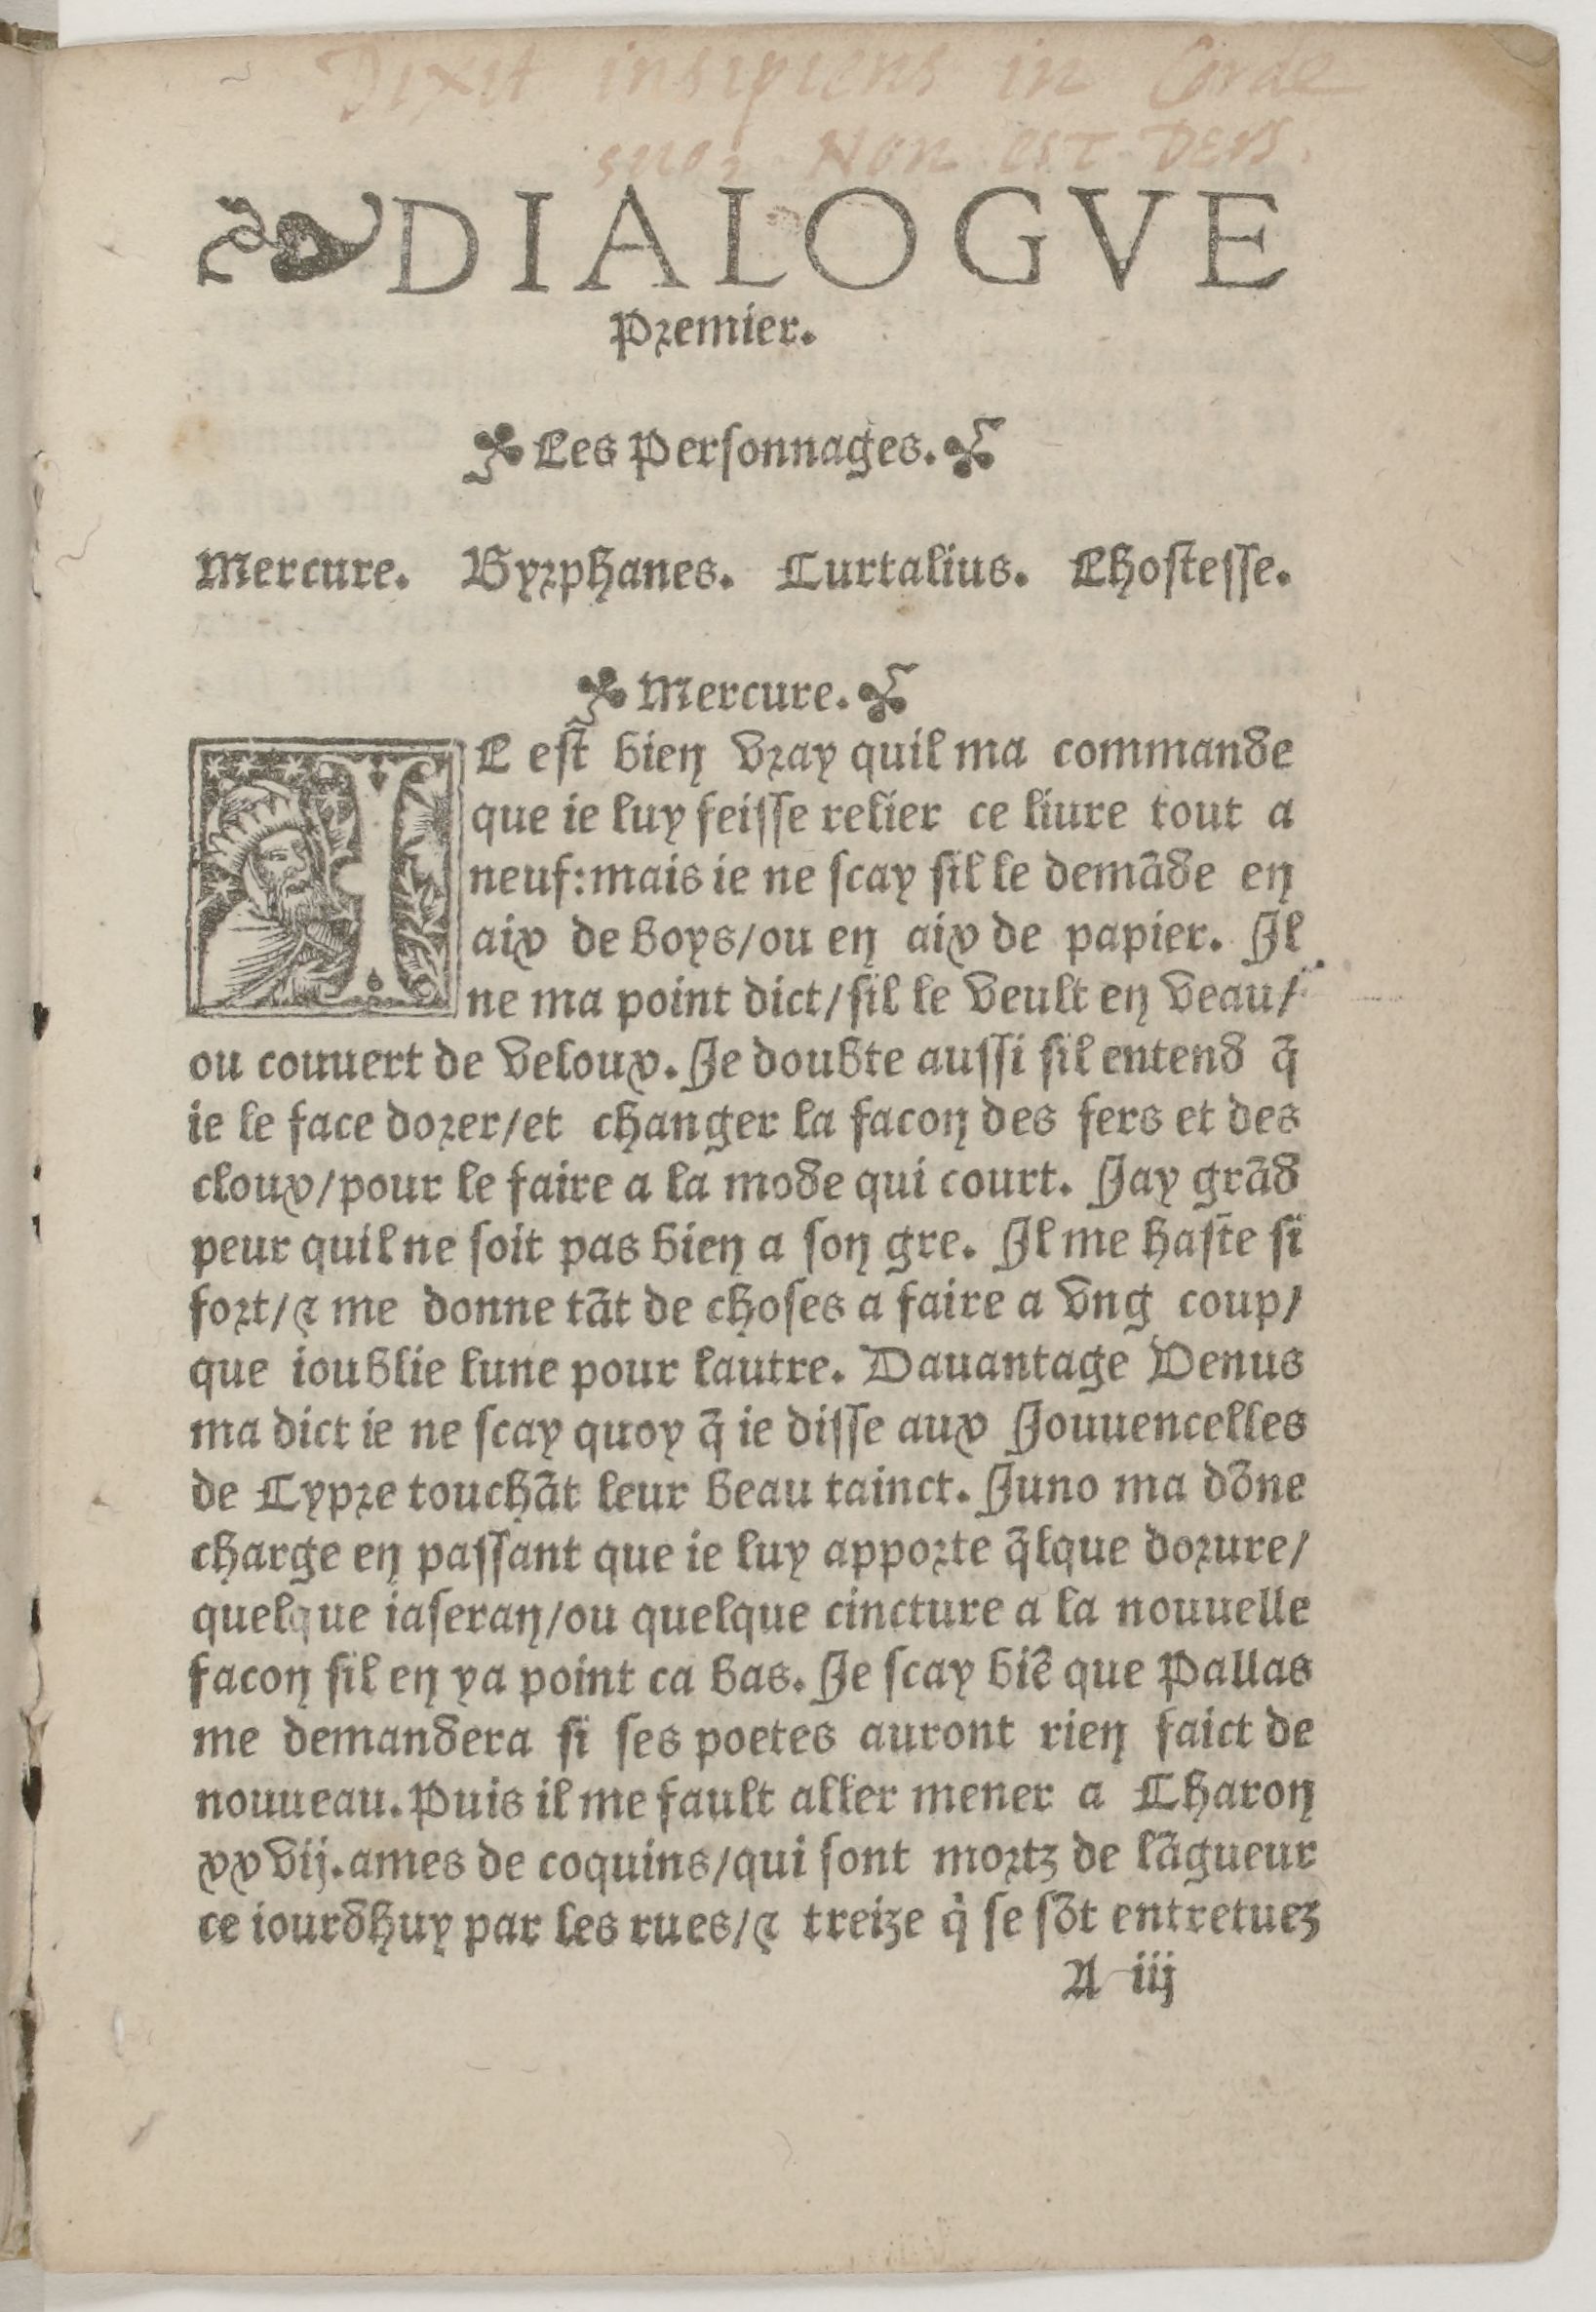
Shelfmark: Paris, BnF, Rés. Z-2442
Century: 16